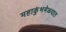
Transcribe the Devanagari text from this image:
महाकुंभमेळ्यात